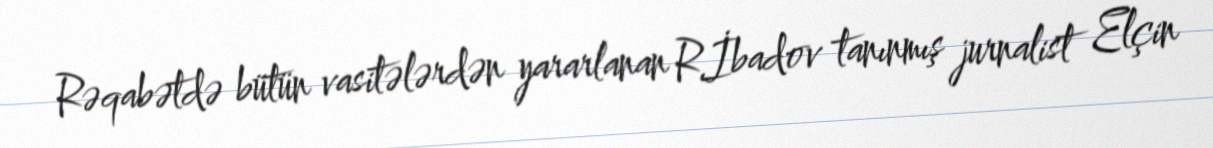
Rəqabətdə bütün vasitələrdən yararlanan R.İbadov tanınmış jurnalist Elçin